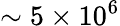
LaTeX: \sim 5\times 10^{6}